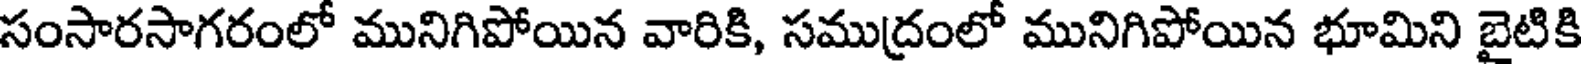
సంసారసాగరంలో మునిగిపోయిన వారికి, సముద్రంలో మునిగిపోయిన భూమిని బైటికి